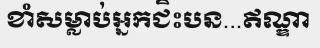
ខាំសម្លាប់អ្នកជិះបន...ឥណ្ឌា